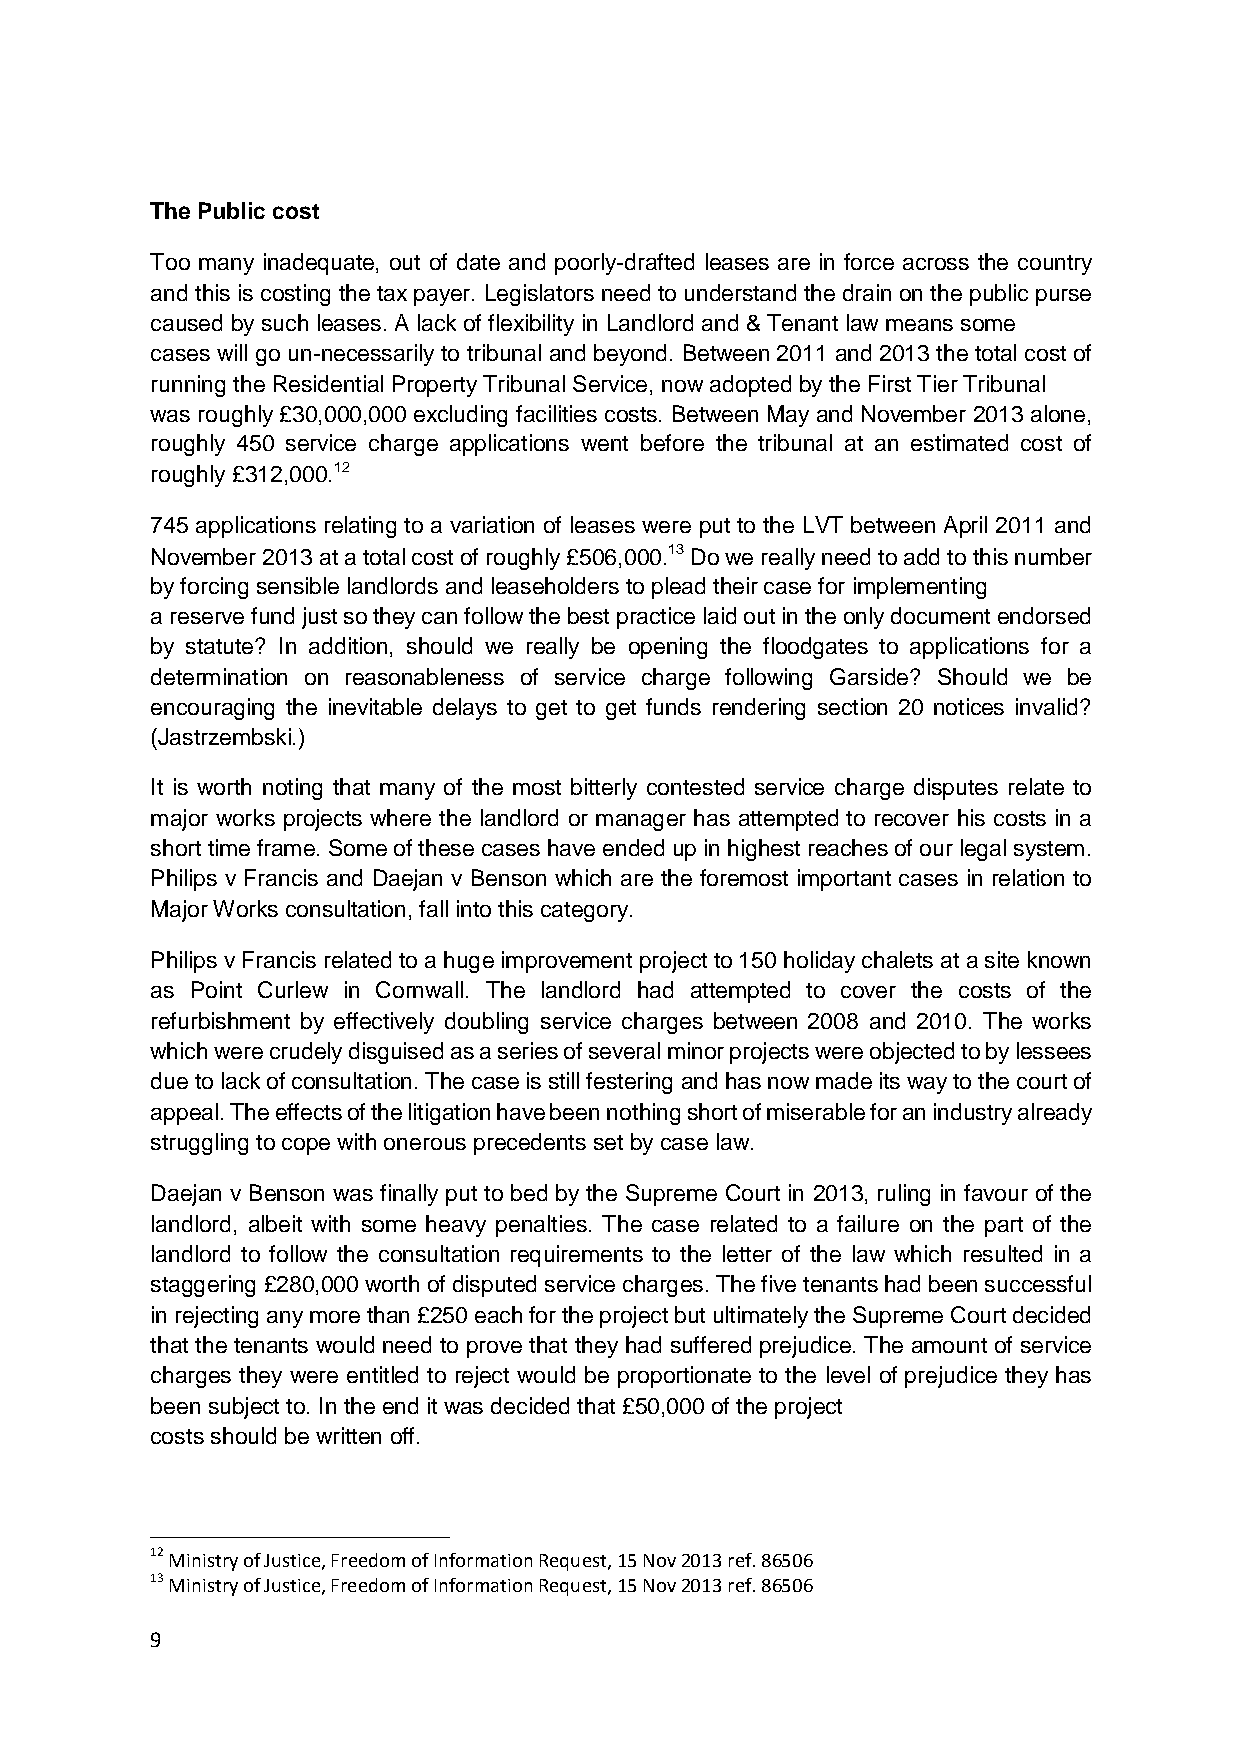
The Public cost
 Too many inadequate, out of date and poorly-drafted leases are in force across the country
 and this is costing the tax payer. Legislators need to understand the drain on the public purse
 caused by such leases. A lack of flexibility in Landlord and & Tenant law means some
 cases will go un-necessarily to tribunal and beyond. Between 2011 and 2013 the total cost of
 running the Residential Property Tribunal Service, now adopted by the First Tier Tribunal
 was roughly £30,000,000 excluding facilities costs. Between May and November 2013 alone,
 roughly 450 service charge applications went before the tribunal at an estimated cost of
 roughly £312,000.12
 745 applications relating to a variation of leases were put to the LVT between April 2011 and
 November 2013 at a total cost of roughly £506,000.13 Do we really need to add to this number
 by forcing sensible landlords and leaseholders to plead their case for implementing
 a reserve fund just so they can follow the best practice laid out in the only document endorsed
 by statute? In addition, should we really be opening the floodgates to applications for a
 determination on reasonableness of service charge following Garside? Should we be
 encouraging the inevitable delays to get to get funds rendering section 20 notices invalid?
 (Jastrzembski.)
 It is worth noting that many of the most bitterly contested service charge disputes relate to
 major works projects where the landlord or manager has attempted to recover his costs in a
 short time frame. Some of these cases have ended up in highest reaches of our legal system.
 Philips v Francis and Daejan v Benson which are the foremost important cases in relation to
 Major Works consultation, fall into this category.
 Philips v Francis related to a huge improvement project to 150 holiday chalets at a site known
 as Point Curlew in Cornwall. The landlord had attempted to cover the costs of the
 refurbishment by effectively doubling service charges between 2008 and 2010. The works
 which were crudely disguised as a series of several minor projects were objected to by lessees
 due to lack of consultation. The case is still festering and has now made its way to the court of
 appeal. The effects of the litigation have been nothing short of miserable for an industry already
 struggling to cope with onerous precedents set by case law.
 Daejan v Benson was finally put to bed by the Supreme Court in 2013, ruling in favour of the
 landlord, albeit with some heavy penalties. The case related to a failure on the part of the
 landlord to follow the consultation requirements to the letter of the law which resulted in a
 staggering £280,000 worth of disputed service charges. The five tenants had been successful
 in rejecting any more than £250 each for the project but ultimately the Supreme Court decided
 that the tenants would need to prove that they had suffered prejudice. The amount of service
 charges they were entitled to reject would be proportionate to the level of prejudice they has
 been subject to. In the end it was decided that £50,000 of the project
 costs should be written off.
 12 Ministry of Justice, Freedom of Information Request, 15 Nov 2013 ref. 86506
 13 Ministry of Justice, Freedom of Information Request, 15 Nov 2013 ref. 86506
 9